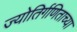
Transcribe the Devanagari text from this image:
ज्योतिर्गणिताच्या